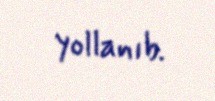
yollanıb.